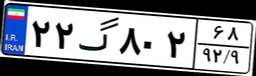
۲۲گ۸۰۲۶۸